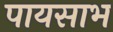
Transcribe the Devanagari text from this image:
पायसाभ